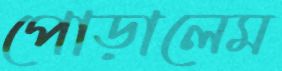
পোড়ালেম